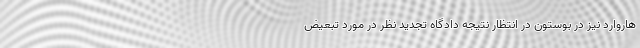
هاروارد نیز در بوستون در انتظار نتیجه دادگاه تجدید نظر در مورد تبعیض